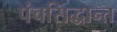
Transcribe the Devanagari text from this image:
पंचसिद्धान्त